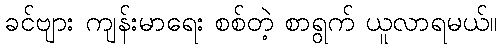
ခင်ဗျား ကျန်းမာရေး စစ်တဲ့ စာရွက် ယူလာရမယ်။